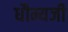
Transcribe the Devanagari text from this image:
धौम्यजी